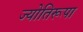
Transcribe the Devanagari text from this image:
ज्योतिरूपा